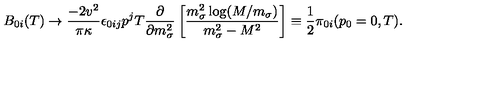
B _ { 0 i } ( T ) \rightarrow \frac { - 2 v ^ { 2 } } { \pi \kappa } \epsilon _ { 0 i j } p ^ { j } T \frac { \partial } { \partial m _ { \sigma } ^ { 2 } } \left[ \frac { m _ { \sigma } ^ { 2 } \log ( M / m _ { \sigma } ) } { m _ { \sigma } ^ { 2 } - M ^ { 2 } } \right] \equiv \frac { 1 } { 2 } { \cal { \pi } } _ { 0 i } ( p _ { 0 } = 0 , T ) .